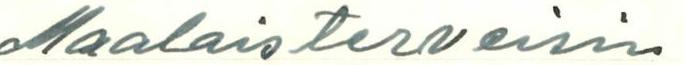
Maalaisterveisin